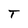
Character: T